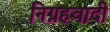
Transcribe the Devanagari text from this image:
निग्रहवादी